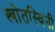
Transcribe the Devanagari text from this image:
स्त्रोतस्विनी